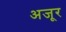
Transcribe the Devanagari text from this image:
अजूर